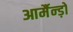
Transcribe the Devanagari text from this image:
आर्मैन्ड़ो